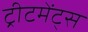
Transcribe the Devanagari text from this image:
ट्रीटमेंट्स